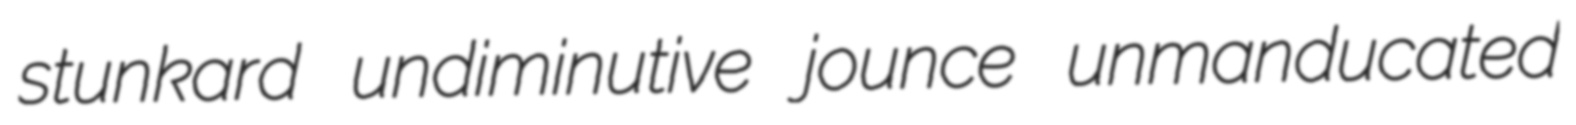
stunkard undiminutive jounce unmanducated